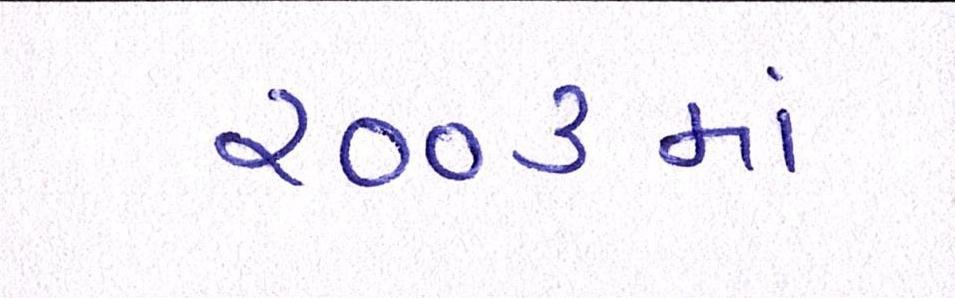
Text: ૨૦૦૩માં